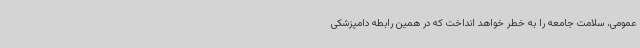
عمومی، سلامت جامعه را به خطر خواهد انداخت که در همین رابطه دامپزشکی